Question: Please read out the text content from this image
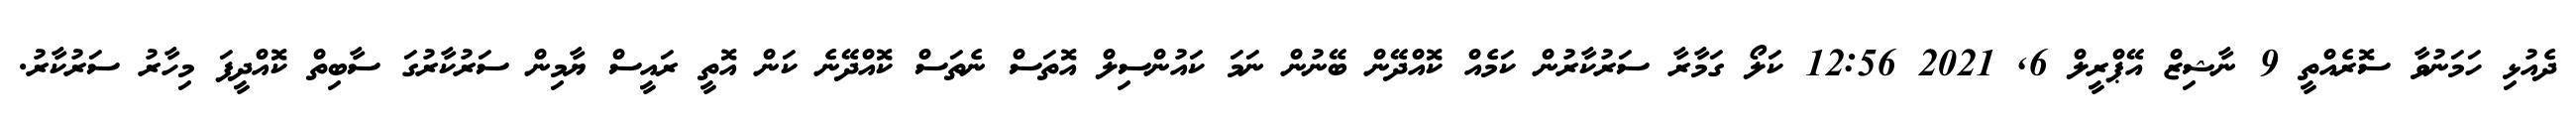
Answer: ދެއުޅި ހަމަނުވާ ސޮރެއްތީ 9 ނާޝިޒް އޭޕްރީލް 6, 2021 12:56 ކަލޯ ގަމާރާ ސަރުކާރުން ކަމެއް ކޮއްދޭން ބޭނުން ނަމަ ކައުންސިލް އޮތަސް ނެތަސް ކޮއްދޭނެ ކަން އޮތީ ރައީސް ޔާމިން ސަރުކާރުގަ ސާބިތް ކޮއްދީފަ މިހާރު ސަރުކާރު.